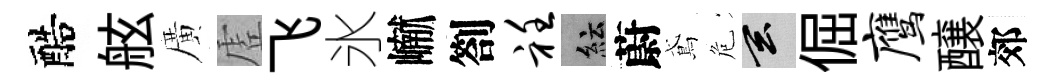
醅舷廣虗飞氷𪩘劄衽紜蔚鳶危玄倔鹰醸郊